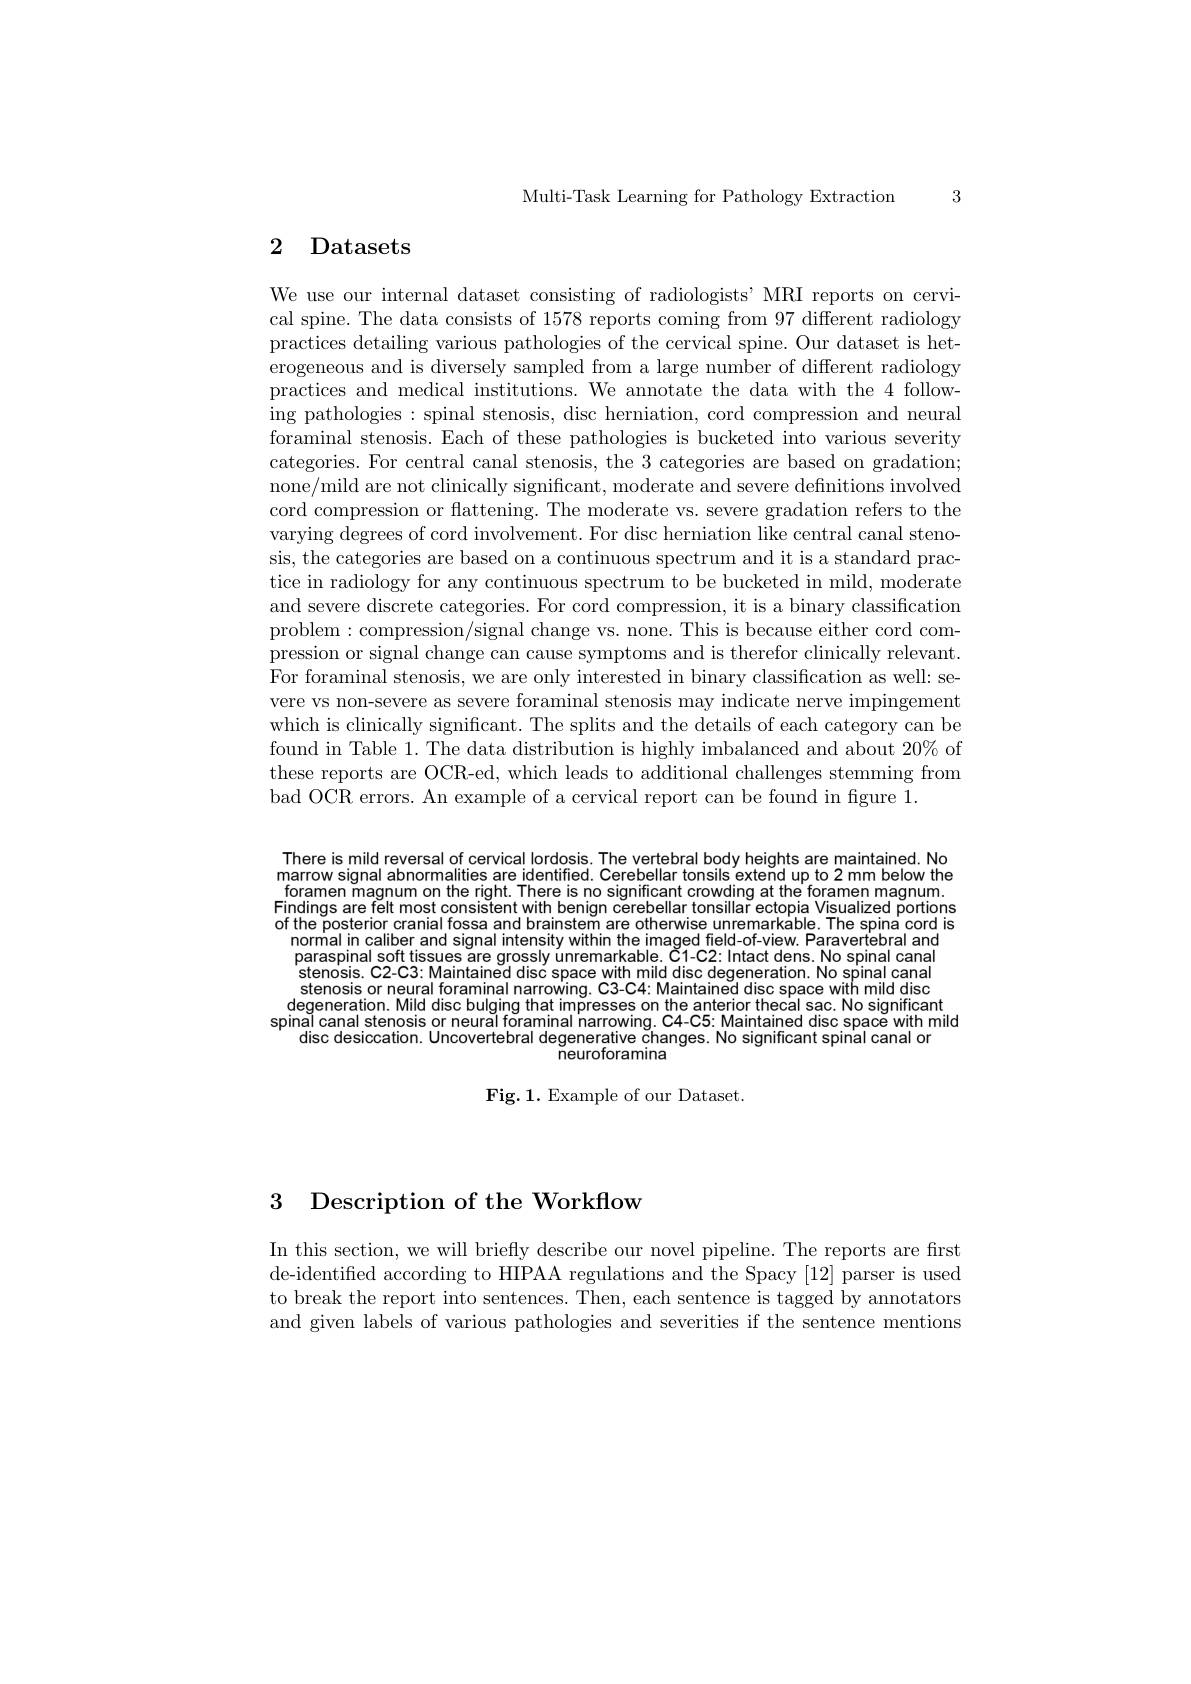
Multi-Task Learning for Pathology Extraction 3

## 2 Datasets

We use our internal dataset consisting of radiologists' MRI reports on cervical spine. The data consists of 1578 reports coming from 97 different radiology practices detailing various pathologies of the cervical spine. Our dataset is heterogeneous and is diversely sampled from a large number of different radiology practices and medical institutions. We annotate the data with the 4 following pathologies: spinal stenosis, disc herniation, cord compression and neural foraminal stenosis. Each of these pathologies is bucketed into various severity categories. For central canal stenosis, the 3 categories are based on gradation; none/mild are not clinically significant, moderate and severe definitions involved cord compression or flattening. The moderate vs. severe gradation refers to the varying degrees of cord involvement. For disc herniation like central canal stenosis, the categories are based on a continuous spectrum and it is a standard practice in radiology for any continuous spectrum to be bucketed in mild, moderate and severe discrete categories. For cord compression, it is a binary classification problem: compression/signal change vs. none. This is because either cord compression or signal change can cause symptoms and is therefor clinically relevant. For foraminal stenosis, we are only interested in binary classification as well: severe vs non-severe as severe foraminal stenosis may indicate nerve impingement which is clinically significant. The splits and the details of each category can be found in Table 1. The data distribution is highly imbalanced and about $20\%$of these reports are OCR-ed, which leads to additional challenges stemming from bad OCR errors. An example of a cervical report can be found in figure 1.

There is mild reversal of cervical lordosis. The vertebral body heights are maintained. No marrow signal abnormalities are identified. Cerebellar tonsils extend up to 2 mm below the foramen magnum on the right. There is no significant crowding at the'foramen magnum. Findings are felt most consistent with benign cerebellar tonsillar ectopia Visualized portions of the posterior cranial fossa and brainstem are otherwise unremarkable. The spina cord is
normial in caliber and signal intensity within the imaged field-of-view. Paravertebral and paraspinal soft tissues are grossly ünremarkable. C1-C2: Intact dens. No spinal canal stenosis. C2-C3: Maintained disc space with mild disc degeneration. No spinal canal stenosis or neural foraminal narrowing. C3-C4: Maintained disc space with mild disc degeneration. Mild disc bulging that impresses on the anterior thecal sac. No significant
spinaǐ canal stenosis or neuraǐ foraminal narrowing. C4-C5: Maintained disc space with mild
disc desiccation. Uncovertebral degenerative Changes. No significant spinal canal or
neuroforamina

Fig.1. Example of our Dataset.

# 3 Description of the Workflow

In this section, we will briefly describe our novel pipeline. The reports are first de-identified according to HIPAA regulations and the Spacy [12] parser is used to break the report into sentences. Then, each sentence is tagged by annotators and given labels of various pathologies and severities if the sentence mentions